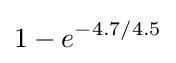
1-e^{-4.7/4.5}